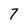
Character: 7